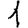
Digit: 1